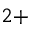
2 +